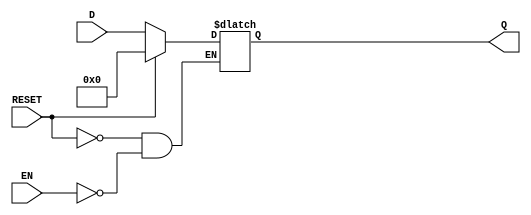
module LatchRegister #(
    parameter WIDTH = 8 // Define the width of the register (number of bits)
) (
    input wire [WIDTH-1:0] D, // Data inputs
    input wire EN,             // Enable signal
    input wire RESET,          // Reset signal
    output reg [WIDTH-1:0] Q   // Output for stored data
);

    // Sequential logic: latch behavior
    always @(*) begin
        if (RESET) begin
            Q <= {WIDTH{1'b0}};  // Reset output to zero
        end else if (EN) begin
            Q <= D;              // Latch the input data when EN is active
        end
    end

endmodule